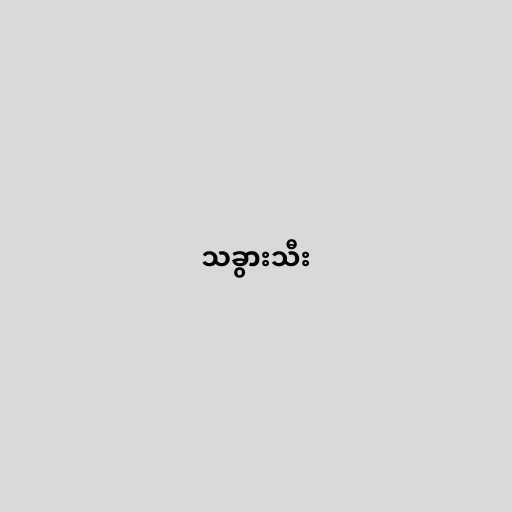
သခွားသီး